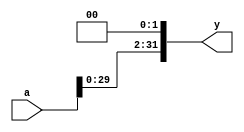

`timescale 1ns/1ns

module sll4(a, y);
input [31:0] a;
output [31:0] y;
assign y = a << 2;
endmodule